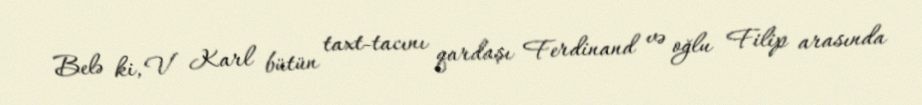
Belə ki, V Karl bütün taxt-tacını qardaşı Ferdinand və oğlu Filip arasında